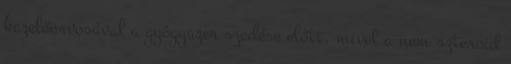
kezelőorvosával a gyógyszer szedése előtt, mivel a nem szteroid